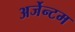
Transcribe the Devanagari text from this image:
अर्जेन्टम